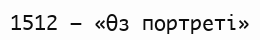
1512 — «Өз портреті»